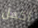
اكمل